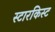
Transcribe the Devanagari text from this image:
स्टारकिस्ट